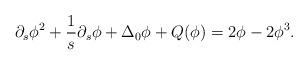
LaTeX: \begin{align*} \partial_s\phi^2 + \frac{1}{s}\partial_s\phi + \Delta_{0}\phi + Q(\phi) = 2\phi - 2\phi^{3}.\end{align*}